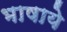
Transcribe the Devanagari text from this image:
भाषाये